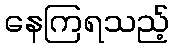
နေကြရသည့်